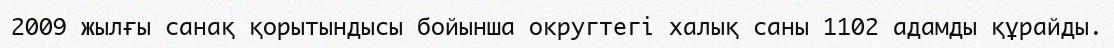
2009 жылғы санақ қорытындысы бойынша округтегі халық саны 1102 адамды құрайды.